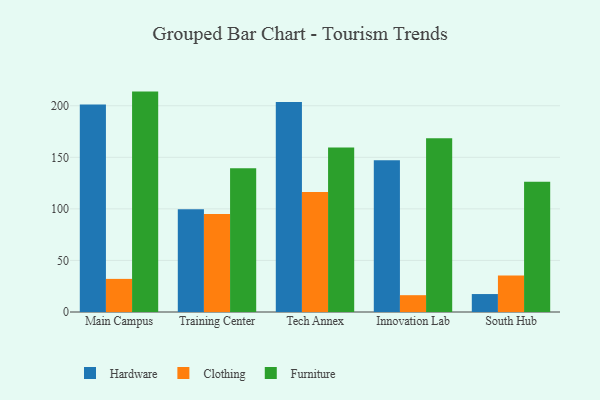
{"axis": {"x": "Campus", "y": "Budget (USD K)"}, "legend": ["Clothing", "Furniture", "Hardware"], "data": [{"x": "Main Campus", "y": 201.1, "type": "Hardware"}, {"x": "Main Campus", "y": 32.1, "type": "Clothing"}, {"x": "Main Campus", "y": 213.7, "type": "Furniture"}, {"x": "Training Center", "y": 99.6, "type": "Hardware"}, {"x": "Training Center", "y": 95.1, "type": "Clothing"}, {"x": "Training Center", "y": 139.4, "type": "Furniture"}, {"x": "Tech Annex", "y": 203.6, "type": "Hardware"}, {"x": "Tech Annex", "y": 116.4, "type": "Clothing"}, {"x": "Tech Annex", "y": 159.5, "type": "Furniture"}, {"x": "Innovation Lab", "y": 147.2, "type": "Hardware"}, {"x": "Innovation Lab", "y": 16.3, "type": "Clothing"}, {"x": "Innovation Lab", "y": 168.5, "type": "Furniture"}, {"x": "South Hub", "y": 17.4, "type": "Hardware"}, {"x": "South Hub", "y": 35.4, "type": "Clothing"}, {"x": "South Hub", "y": 126.2, "type": "Furniture"}]}